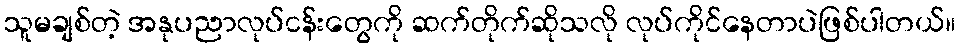
သူမချစ်တဲ့ အနုပညာလုပ်ငန်းတွေကို ဆက်တိုက်ဆိုသလို လုပ်ကိုင်နေတာပဲဖြစ်ပါတယ်။